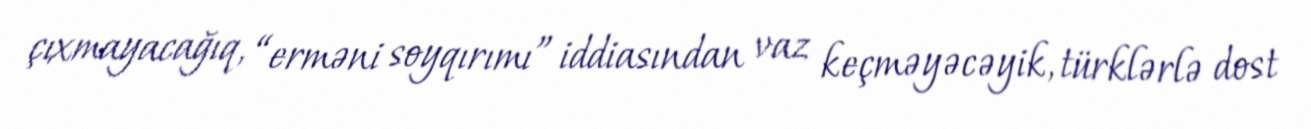
çıxmayacağıq, “erməni soyqırımı” iddiasından vaz keçməyəcəyik, türklərlə dost